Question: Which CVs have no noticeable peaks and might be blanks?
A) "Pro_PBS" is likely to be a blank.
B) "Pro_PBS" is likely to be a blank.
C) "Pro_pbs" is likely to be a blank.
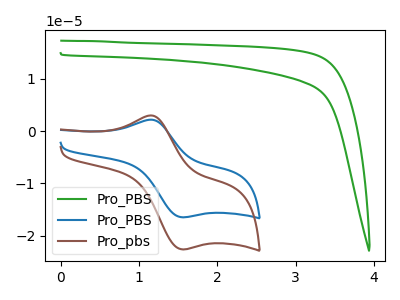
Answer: <think>The green curve "Pro_PBS" has no peaks. The blue curve "Pro_PBS" has an anodic peak at (1.15V, 2.15uA) and a cathodic peak at (1.55V, -16.50uA). The brown curve "Pro_pbs" has an anodic peak at (1.15V, 3.00uA) and a cathodic peak at (1.55V, -22.65uA).</think>
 <answer>A) "Pro_PBS" is likely to be a blank.</answer>
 <eval>A</eval>